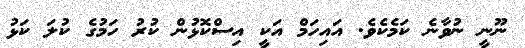
ނޫނީ ނުވާނެ ކަމެކެވެ. އައިހަމް އަކީ އިސްކޮޅުން ކުރު ހަމުގެ ކުލަ ކަޅު